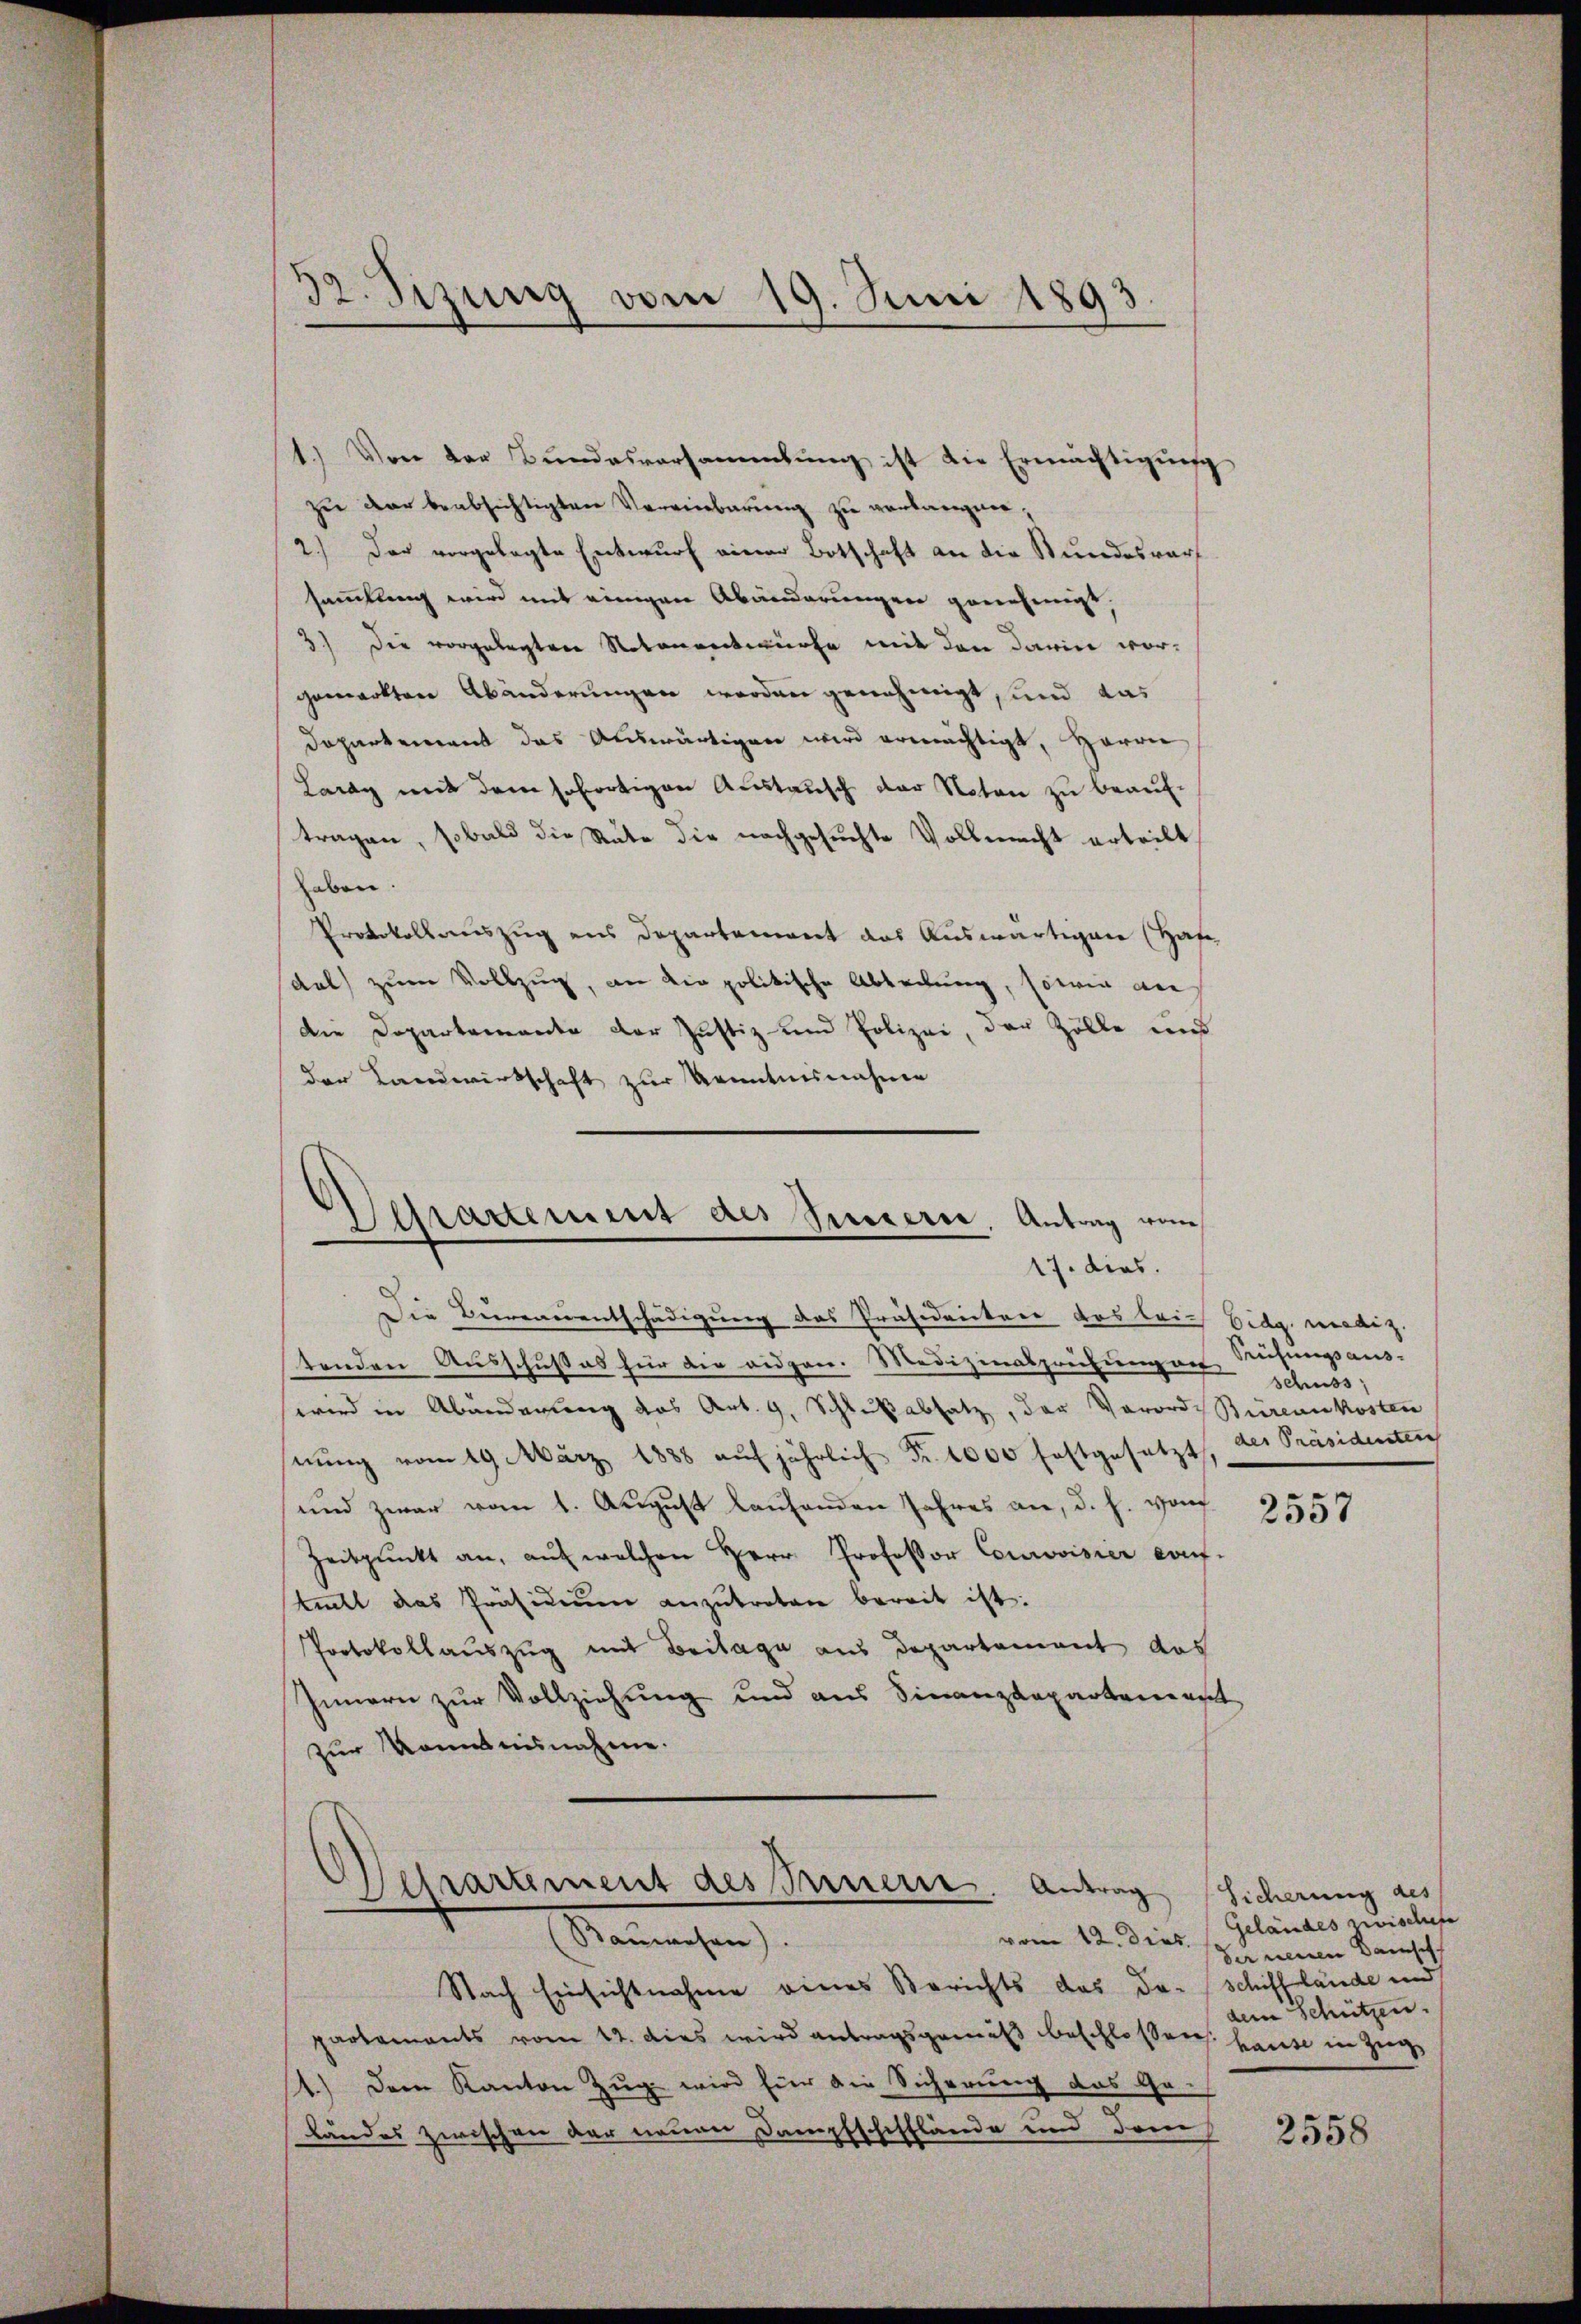
32. Sizung vom 19. Juni 1893.

1.) Von der Bundesversammlung ist die Ermächtigung
zu der beabsichtigten Vereinbarung zu verbargner,
2.) Der vorgelegte Entwurf einer Botschaft an die Bundesrarf
sammlung wird mit einigen Abänderungen genehmigt.
3) Die vorgelegten Notenentwürfe mit den darin worgemerkten Abänderungen werden genehmigt, und das
Departement das Auswärtigen wird ermächtigt, Herrn
Laray mit dem sofortigen Austausch der Noten zu beauftragen, sobald die Stute die nachgesuchte Vollmacht erteilt,
haben.
Protokollauszug aus Departement das Auswärtigen (Hafe
dal zum Vollzug, an die politische Abtretung, sowie au
Die Departemente der Justiz- und Polizei, der Zölle und
der Landwirtschaft zur Kenntnisnahme

Dessartement des Percieren, Antrag von
17. dies

Die Bureauentschädigung das Präsidentere das bei Eidg. mediz
tenden Ausschußes für die eidgen. Medizinasprüfung an Riesungsaus-
wird in Abänderung des Art. 9, Schlußabsatz, der Vorord-Büreaukosten
hnŭng vom 19. März 1888 aŭf jährlich Fr. 1000 festgesetzt, der Präsidenten
und zwar vom 1. August laufenden Jahres an, d. h. von
Zeitpunkt an, aŭf welchen Herr Professor Courovisier Kauf-
teilt das Präsidiŭm anzŭtreten bereit ist.
Protokollauszug mit Beilage aus Departement das
Innern zur Vollziehung und aus Finanzdepartenanst
zur Kenntnisnahme.

Derartement des Innern. Antrag
Steinigen

Nach Einsichtnahme eines Berichts das darschifflände und
partements vom 12. dies wird antragsgemäß beschlossens. hause in Zug,
1.) Dem Kanton Zug wird für die Sicherung das Ge-
Landes zwischen der neuen Dampfschifflände und dane

schuss

2557

Sicherung des
vom 12. Dies Geländes zwischehe
der neuen Bausch
dem Schützen.

2558